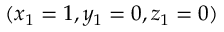
( x _ { 1 } = 1 , y _ { 1 } = 0 , z _ { 1 } = 0 )